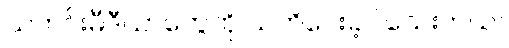
သတင်းမီဒီယာတွေကို သတိပေးခဲ့ပါသေးတယ်။